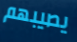
يصيبهم